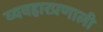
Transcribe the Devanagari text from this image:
व्यवहारप्रणाली